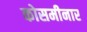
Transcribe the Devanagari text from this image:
कोसमीनार